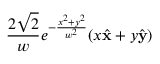
\frac { 2 \sqrt { 2 } } { w } e ^ { - \frac { x ^ { 2 } + y ^ { 2 } } { w ^ { 2 } } } ( x \hat { \mathbf { x } } + y \hat { \mathbf { y } } )